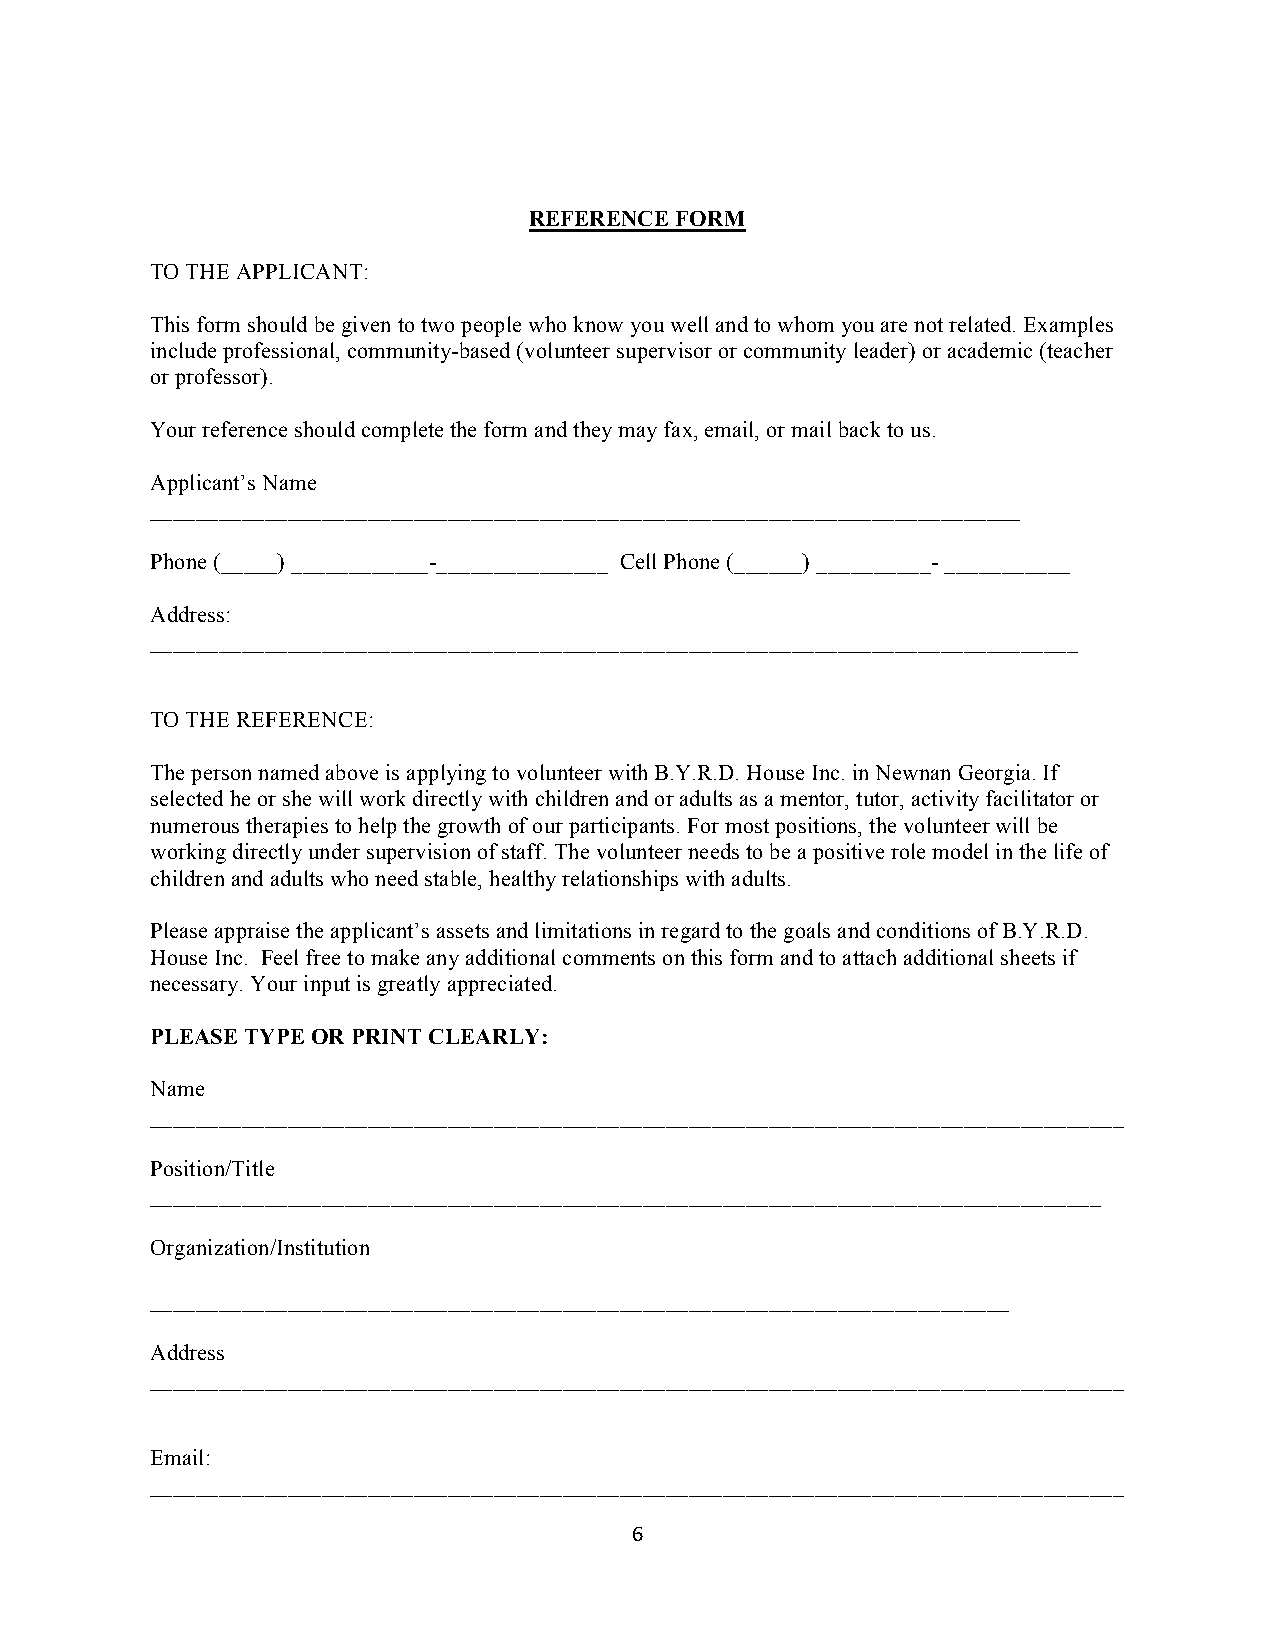
REFERENCE FORM
 TO THE APPLICANT:
 This form should be given to two people who know you well and to whom you are not related. Examples
 include professional, community-based (volunteer supervisor or community leader) or academic (teacher
 or professor).
 Your reference should complete the form and they may fax, email, or mail back to us.
 Applicant’s Name
 ____________________________________________________________________________
 Phone (_____) ____________-_______________ Cell Phone (______) __________- ___________
 Address:
 _________________________________________________________________________________
 TO THE REFERENCE:
 The person named above is applying to volunteer with B.Y.R.D. House Inc. in Newnan Georgia. If
 selected he or she will work directly with children and or adults as a mentor, tutor, activity facilitator or
 numerous therapies to help the growth of our participants. For most positions, the volunteer will be
 working directly under supervision of staff. The volunteer needs to be a positive role model in the life of
 children and adults who need stable, healthy relationships with adults.
 Please appraise the applicant’s assets and limitations in regard to the goals and conditions of B.Y.R.D.
 House Inc. Feel free to make any additional comments on this form and to attach additional sheets if
 necessary. Your input is greatly appreciated.
 PLEASE TYPE OR PRINT CLEARLY:
 Name
 _____________________________________________________________________________________
 Position/Title
 ___________________________________________________________________________________
 Organization/Institution
 ___________________________________________________________________________
 Address
 _____________________________________________________________________________________
 Email:
 _____________________________________________________________________________________
 6"
 "